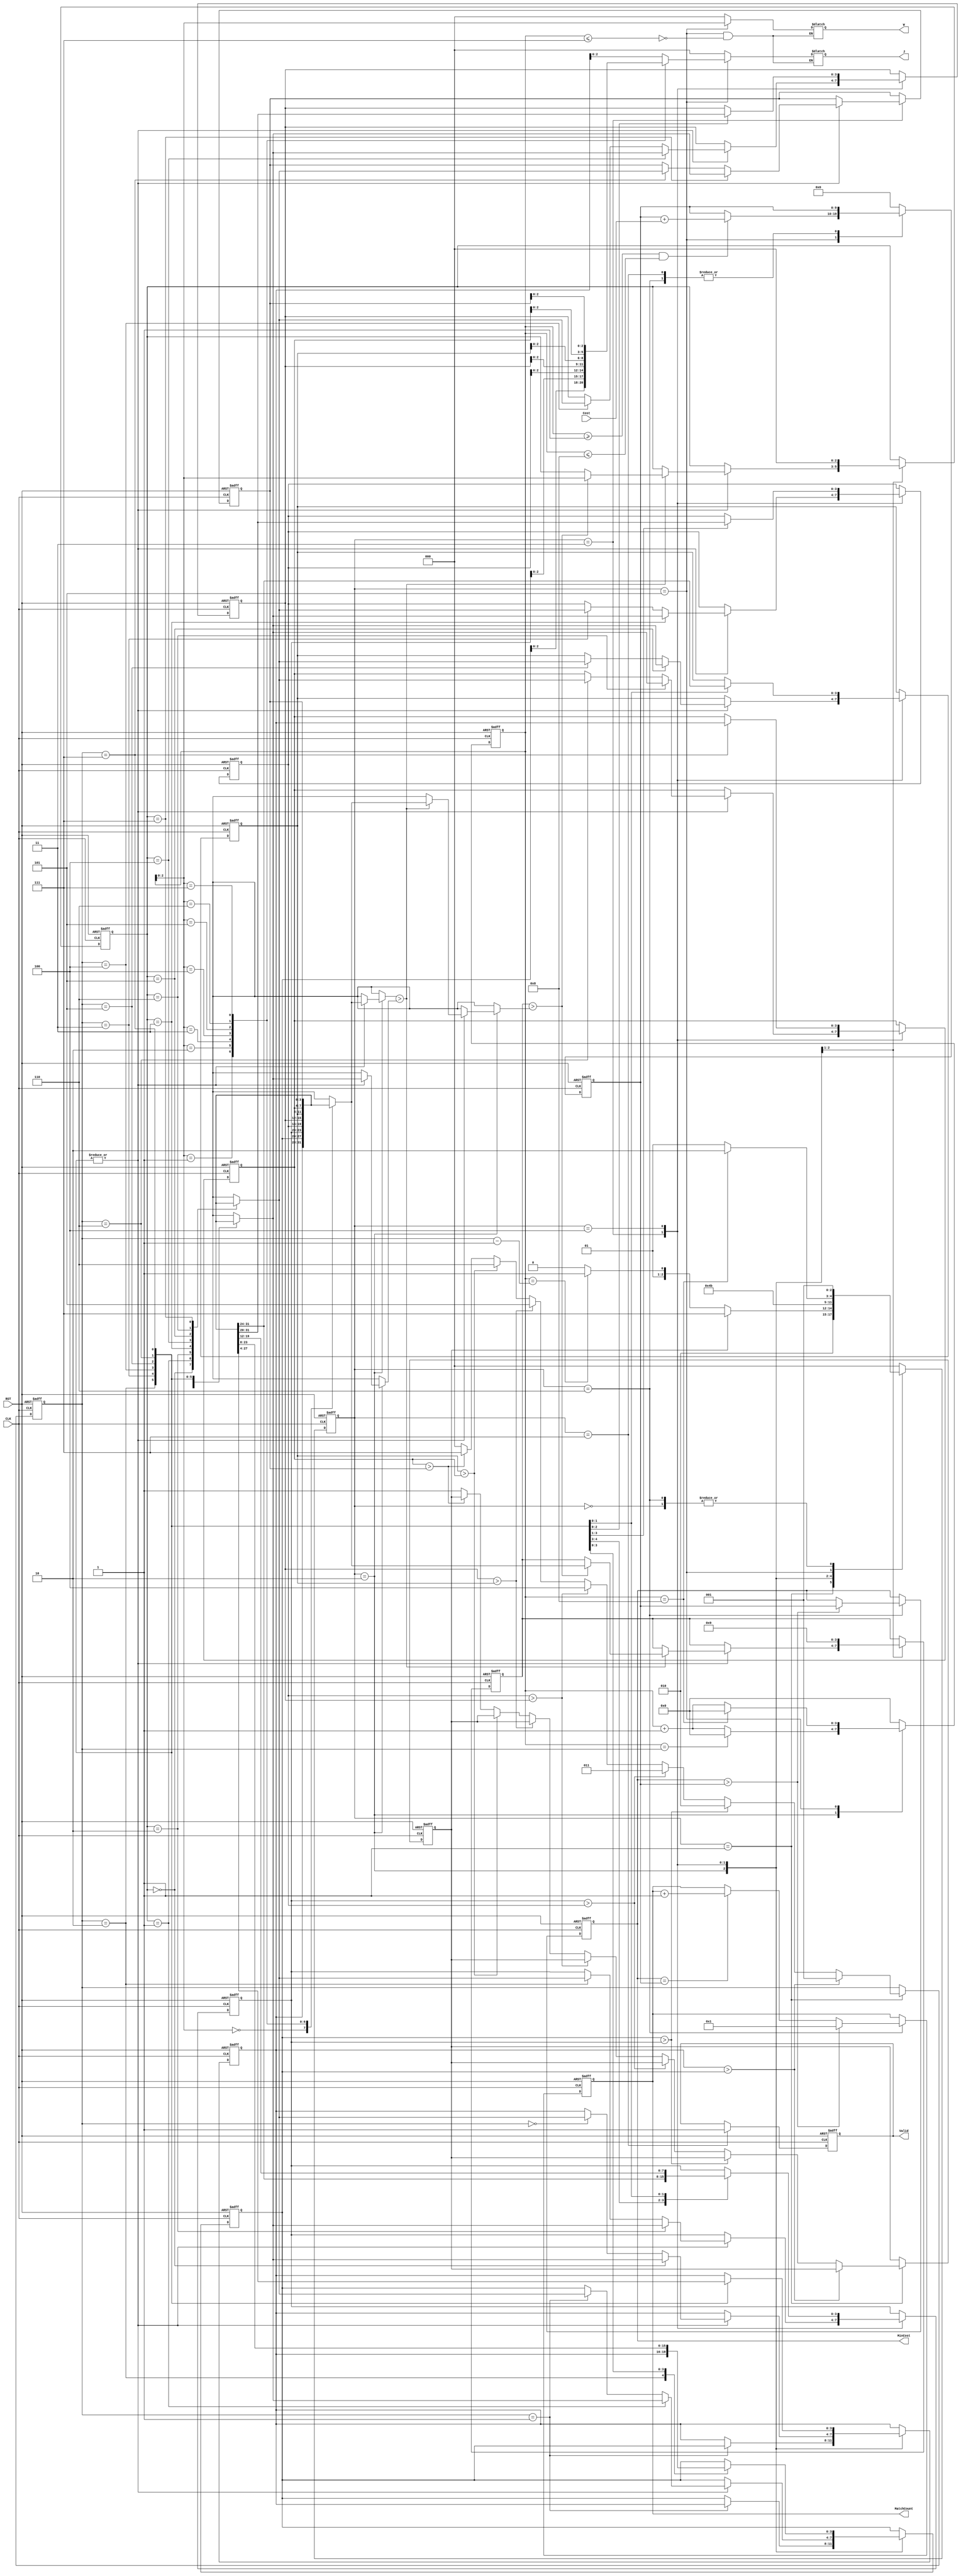
module JAM (
input CLK,
input RST,
output reg [2:0] W,
output reg [2:0] J,
input [6:0] Cost,
output reg [3:0] MatchCount,
output reg [9:0] MinCost,
output reg Valid );

////////////////////////////////////////
// REG

reg [3:0]  seq [7:0];
reg [3:0]  cnt;
reg [2:0]  pos;
reg [3:0]  num;
reg [3:0]  com_num;
reg [2:0]  com_pos;
reg [9:0]  sum;
reg        done;

integer i;
////////////////////////////////////////
// STATE

reg [2:0] cs, ns;
parameter [2:0] IDLE        = 3'h0,
                SORT_1      = 3'h1,
                SORT_2      = 3'h2,
                SORT_3      = 3'h3,
                SORT_4      = 3'h4,
                CAL_COST    = 3'h5,
                JUDGE       = 3'h6,
                DONE        = 3'h7;
////////////////////////////////////////

always @(posedge CLK or posedge RST)begin
    if(RST)begin
        cs <= IDLE;
    end
    else begin
        cs <= ns;
    end
end

always @(*)begin
    case(cs)
        IDLE:   ns <= SORT_1;
        SORT_1: ns <= SORT_2;
        SORT_2:begin
            if(done)begin
                ns <= DONE;
            end
            else begin
                if(cnt == (pos - 4'h1))begin
                    ns <= SORT_3;
                end
                else begin
                    ns <= SORT_2;
                end
            end
        end
        SORT_3: ns <= SORT_4;
        SORT_4: ns <= CAL_COST;
        CAL_COST:begin
            if(cnt == 4'h8)begin
                ns <= JUDGE;
            end
            else begin
                ns <= CAL_COST;
            end
        end
        JUDGE: ns <= SORT_1;
        default:ns <= IDLE;
    endcase
end
////////////////////////////////////////
// CNT

always @(posedge CLK or posedge RST)begin
    if(RST)begin
        cnt <= 4'h0;
    end
    else begin
        case(cs)
            SORT_2:begin
                if(cnt == pos)begin
                    cnt <= 4'h0;
                end
                else begin
                    cnt <= cnt + 4'h1;
                end
            end
            CAL_COST:begin
                if(cnt == 4'h8)begin
                    cnt <= 4'h0;
                end
                else begin
                    cnt <= cnt + 4'h1;
                end
            end
            default:begin
                cnt <= 4'h0;
            end
        endcase
    end
end
////////////////////////////////////////
// SORT

always @(posedge CLK or posedge RST)begin
    if(RST)begin
        pos     <= 3'h0;
        num     <= 4'h0;
        com_pos <= 3'h0;
        com_num <= 4'h9;
        done    <= 1'h0;
        for(i=0;i<8;i=i+1)begin
            seq[i] <= 7-i;
        end
    end
    else begin
        case(cs)
            SORT_1:begin
                if(seq[0] > seq[1])begin
                    pos <= 3'd1;
                    num <= seq[1];
                end
                else if(seq[1] > seq[2])begin
                    pos <= 3'd2;
                    num <= seq[2];
                end
                else if(seq[2] > seq[3])begin
                    pos <= 3'd3;
                    num <= seq[3];
                end
                else if(seq[3] > seq[4])begin
                    pos <= 3'd4;
                    num <= seq[4];
                end
                else if(seq[4] > seq[5])begin
                    pos <= 3'd5;
                    num <= seq[5];
                end
                else if(seq[5] > seq[6])begin
                    pos <= 3'd6;
                    num <= seq[6];
                end
                else if(seq[6] > seq[7])begin
                    pos <= 3'd7;
                    num <= seq[7];
                end
                else begin
                    pos <= 5'd0;
                    num <= 4'h0;
                    done <= 1'h1;
                end
            end
            SORT_2:begin
                case(pos)
                    3'h1:begin
                        seq[0] <= seq[1];
                        seq[1] <= seq[0];
                    end
                    3'h2, 3'h3, 3'h4, 3'h5, 3'h6, 3'h7:begin
                        if(seq[cnt] > seq[pos])begin
                            if(com_num > seq[cnt])begin
                                com_num <= seq[cnt];
                                com_pos <= cnt;
                            end
                        end
                    end
                endcase
            end
            SORT_3:begin
                case(pos)
                    3'h2, 3'h3, 3'h4, 3'h5, 3'h6, 3'h7:begin
                        seq[pos]     <= seq[com_pos];
                        seq[com_pos] <= seq[pos];
                    end
                endcase
                com_pos <= 3'h0;
                com_num <= 4'h9;
            end
            SORT_4:begin
                case(pos)
                    3'h2:begin
                        seq[0] <= seq[1];
                        seq[1] <= seq[0];
                    end
                    3'h3:begin
                        seq[0] <= seq[2];
                        seq[1] <= seq[1];
                        seq[2] <= seq[0];
                    end
                    3'h4:begin
                        seq[0] <= seq[3];
                        seq[1] <= seq[2];
                        seq[2] <= seq[1];
                        seq[3] <= seq[0];
                    end
                    3'h5:begin
                        seq[0] <= seq[4];
                        seq[1] <= seq[3];
                        seq[2] <= seq[2];
                        seq[3] <= seq[1];
                        seq[4] <= seq[0];
                    end
                    3'h6:begin
                        seq[0] <= seq[5];
                        seq[1] <= seq[4];
                        seq[2] <= seq[3];
                        seq[3] <= seq[2];
                        seq[4] <= seq[1];
                        seq[5] <= seq[0];
                    end
                    3'h7:begin
                        seq[0] <= seq[6];
                        seq[1] <= seq[5];
                        seq[2] <= seq[4];
                        seq[3] <= seq[3];
                        seq[4] <= seq[2];
                        seq[5] <= seq[1];
                        seq[6] <= seq[0];
                    end
                endcase
            end
        endcase
    end
end
////////////////////////////////////////
// JAM

always @(posedge CLK or posedge RST)begin
    if(RST)begin
        Valid <= 1'h0;
        MatchCount <= 4'h1;
        MinCost <= 10'd1023;
        sum <= 10'h0;
    end
    else begin
        case(cs)
            CAL_COST:begin
                if((cnt >= 4'h1) && (cnt <= 4'h8))begin
                    sum <= sum + Cost;
                end
            end
            JUDGE:begin
                if(MinCost > sum)begin
                    MinCost <= sum;
                    MatchCount <= 4'h1;
                end
                else if(MinCost == sum)begin
                    MatchCount <= MatchCount + 4'h1;
                end
            end
            DONE:begin
                Valid <= 1'h1;
            end
            default:    sum <= 10'h0;
        endcase
    end
end

always @(*)begin
    if(cs == CAL_COST)begin
        if(cnt <= 4'h7)begin
            W <= cnt;
            J <= seq[cnt];
        end
        else begin
            W <= W;
            J <= J;
        end
    end
    else begin
        W <= 3'h0;
        J <= 3'h0;
    end
end
////////////////////////////////////////

endmodule